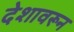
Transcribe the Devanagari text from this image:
देशावरून